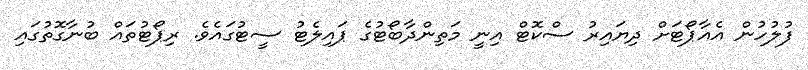
ފުލުހުން އެއާޕޯޓަށް ދިޔައިރު ސްކޮޓް އިނީ މަތިންދާބޯޓުގެ ޕައިލެޓު ސީޓުގައެވެ. ރިޕޯޓުތައް ބުނާގޮތުގައި